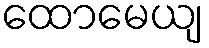
ထောမေယျ